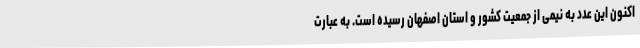
اکنون این عدد به نیمی از جمعیت کشور و استان اصفهان رسیده است. به عبارت